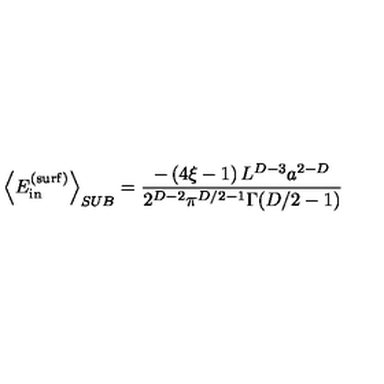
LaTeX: \left\langle E _ { \mathrm { i n } } ^ { \mathrm { ( s u r f ) } } \right\rangle _ { S U B } = \frac { - \left( 4 \xi - 1 \right) L ^ { D - 3 } a ^ { 2 - D } } { 2 ^ { D - 2 } \pi ^ { D / 2 - 1 } \Gamma ( D / 2 - 1 ) }